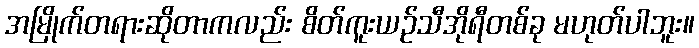
အမြိုက်တရားဆိုတာကလည်း စိတ်ကူးယဉ်သီအိုရီတစ်ခု မဟုတ်ပါဘူး။